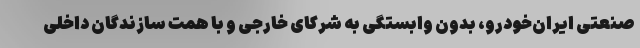
صنعتی ایران‌خودرو، بدون وابستگی به شرکای خارجی و با همت سازندگان داخلی